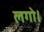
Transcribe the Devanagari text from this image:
लगो।